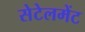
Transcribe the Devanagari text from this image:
सेटेलमेंट